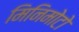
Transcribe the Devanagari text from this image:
मिनिमोटो